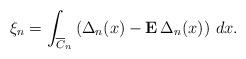
LaTeX: \begin{align*}\xi _{n}=\int_{\overline{C}_{n}}\left( \Delta _{n}(x)-{\bf E}\,\Delta_{n}(x)\right) \,dx. \end{align*}